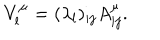
V _ { l } ^ { \mu } = ( \lambda _ { l } ) _ { i j } A _ { i j } ^ { \mu } .